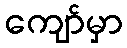
ကျော်မှာ